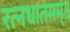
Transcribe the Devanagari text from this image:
रत्नधातमम्॥